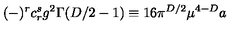
( - ) ^ { r } c _ { r } ^ { s } g ^ { 2 } \Gamma ( D / 2 - 1 ) \equiv 1 6 \pi ^ { D / 2 } \mu ^ { 4 - D } a